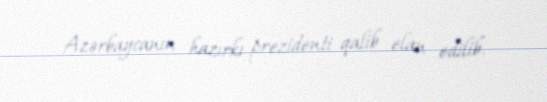
Azərbaycanın hazırkı prezidenti qalib elan edilib.